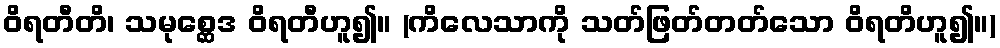
ဝိရတီတိ၊ သမုစ္ဆေဒ ဝိရတီဟူ၍။ (ကိလေသာကို သတ်ဖြတ်တတ်သော ဝိရတိဟူ၍။)